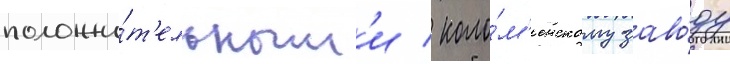
положи́т'ельным'и / коло́м'енскому заво́ду